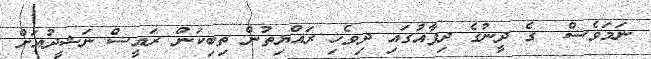
ނަމަވެސް  ގެ ދީނުގެ ދިފާއުގައި ދިވެހި ރައްޔިތުން ތިބިކަން ރައީސް ނަޝީދުއަށް